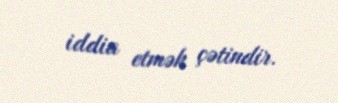
iddia etmək çətindir.